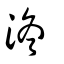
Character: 泈